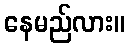
နေမည်လား။